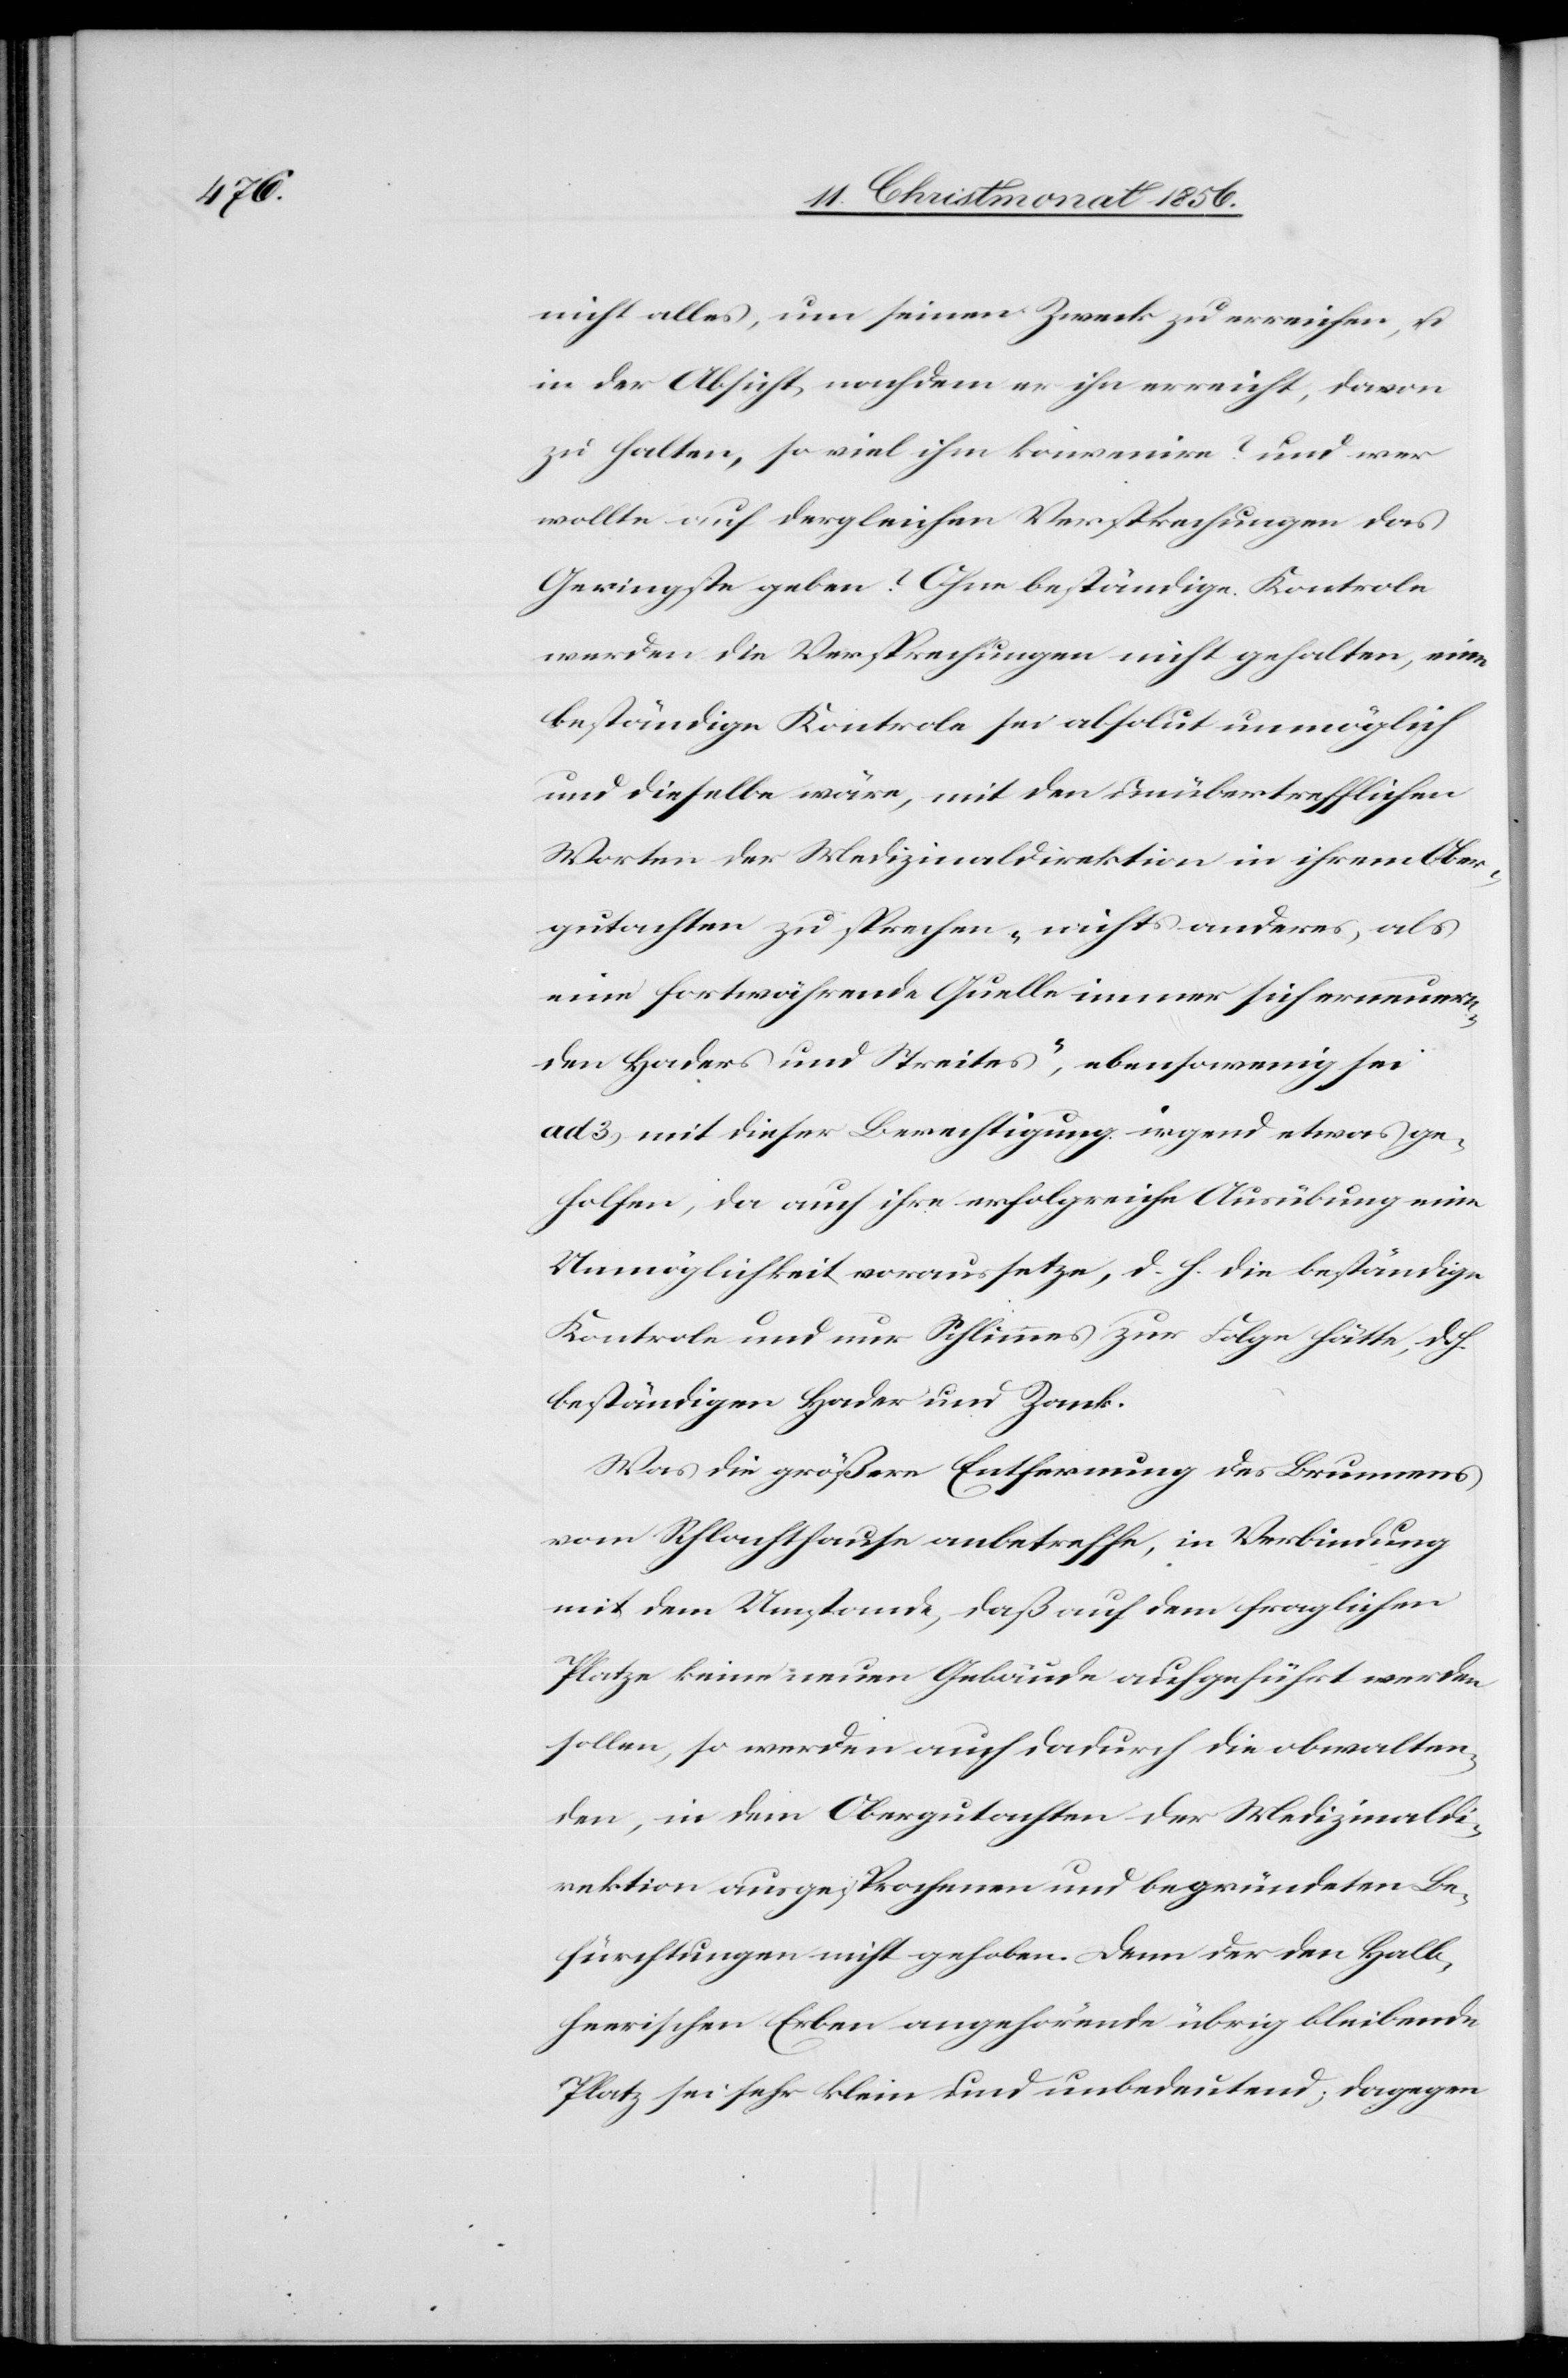
nicht alles, um seinen Zweck zu erreichen, u.
in der Absicht, nachdem er ihn erreicht, davon
zu halten, so viel ihm konvenire? und wer
wollte auf dergleichen Versprechungen das
Geringste geben? Ohne beständige Kontrole
werden die Versprechungen nicht gehalten, eine
beständige Kontrole sei absolut unmöglich
und dieselbe wäre, mit den unübertrefflichen
Worten der Medizinaldirektion in ihrem Ober¬
gutachten zu sprechen „nichts anderes, als
eine fortwährende Quelle immer sich erneuern¬
den Haders und Streites“, ebensowenig sei
ad 3.) mit dieser Berechtigung irgend etwas ge¬
holfen, da auch ihre erfolgreiche Ausübung eine
Unmöglichkeit voraussetze, d. h. die beständige
Kontrole und nur Schlimmes zur Folge hätte, d. h.
beständigen Hader und Zank.
Was die größere Entfernung des Brunnens
vom Schlachthause anbetreffe, in Verbindung
mit dem Umstande, daß auf dem fraglichen
Platze keine neuen Gebäude aufgeführt werden
sollen, so werden auch dadurch die obwalten¬
den, in dem Obergutachten der Medizinaldi¬
rektion ausgesprochenen und begründeten Be¬
fürchtungen nicht gehoben. Denn der den Halb¬
heerischen Erben angehörende übrig bleibende
Platz sei sehr klein und unbedeutend, dagegen